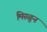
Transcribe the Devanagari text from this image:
मिस्ळून